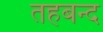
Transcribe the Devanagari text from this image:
तहबन्द